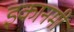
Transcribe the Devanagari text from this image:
इकानमी